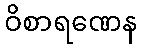
ဝိစာရဏေန